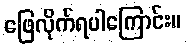
ဖြေလိုက်ရပါကြောင်း။